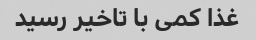
غذا کمی با تاخیر رسید